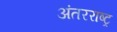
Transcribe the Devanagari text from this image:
अंतरराष्ट्र